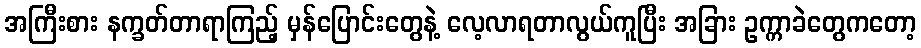
အကြီးစား နက္ခတ်တာရာကြည့် မှန်ပြောင်းတွေနဲ့ လေ့လာရတာလွယ်ကူပြီး အခြား ဥက္ကာခဲတွေကတော့